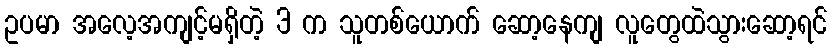
ဥပမာ အလေ့အကျင့်မရှိတဲ့ 3 က သူတစ်ယောက် ဆော့နေကျ လူတွေထဲသွားဆော့ရင်